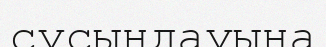
сусындауына